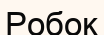
Робок